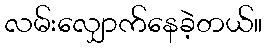
လမ်းလျှောက်နေခဲ့တယ်။